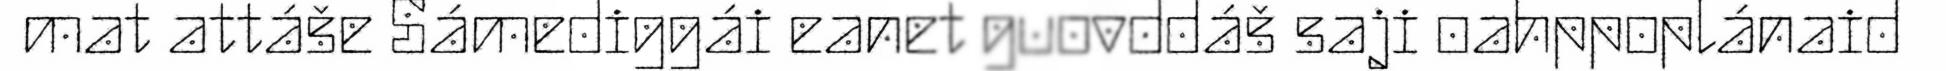
mat attáše Sámediggái eanet guovddáš saji oahppoplánaid